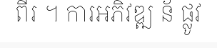
ពីរ ។ ការអភិវឌ្ឍ ន័ ផ្លូវ